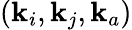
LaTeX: (\mathbf{k}_{i},\mathbf{k}_{j},\mathbf{k}_{a})